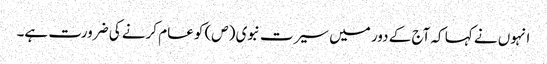
انہوں نے کہا کہ آج کے دور میں سیرت نبوی (ص) کو عام کرنے کی ضرورت ہے۔